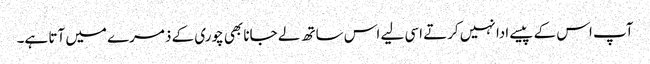
آپ اس کے پیسے ادا نہیں کرتے اسی لیے اس ساتھ لے جانا بھی چوری کے ذمرے میں آتا ہے۔